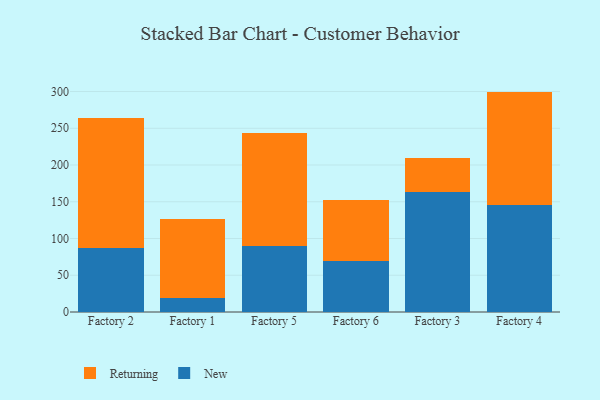
{"axis": {"x": "Factory", "y": "Satisfaction Score"}, "legend": ["New", "Returning"], "data": [{"x": "Factory 2", "y": 86.8, "type": "New"}, {"x": "Factory 2", "y": 177.7, "type": "Returning"}, {"x": "Factory 1", "y": 18.6, "type": "New"}, {"x": "Factory 1", "y": 108.1, "type": "Returning"}, {"x": "Factory 5", "y": 89.8, "type": "New"}, {"x": "Factory 5", "y": 153.7, "type": "Returning"}, {"x": "Factory 6", "y": 69.7, "type": "New"}, {"x": "Factory 6", "y": 83.0, "type": "Returning"}, {"x": "Factory 3", "y": 163.7, "type": "New"}, {"x": "Factory 3", "y": 45.8, "type": "Returning"}, {"x": "Factory 4", "y": 146.0, "type": "New"}, {"x": "Factory 4", "y": 153.9, "type": "Returning"}]}